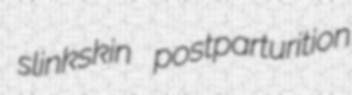
slinkskin postparturition